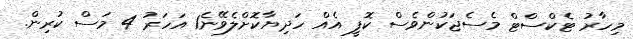
މިހާރު ޓެކްސްޓް މެސެޖަކުންވެސް ކޮފީ އެއް ހަދިޔާކޮށްލެވޭނެ1 އަހަރު 4 މަސް ކުރިން.